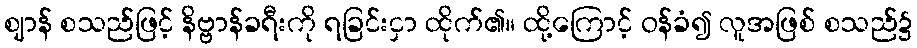
ဈာန် စသည်ဖြင့် နိဗ္ဗာန်ခရီးကို ရခြင်းငှာ ထိုက်၏။ ထို့ကြောင့် ဝန်ခံ၍ လူအဖြစ် စသည်၌